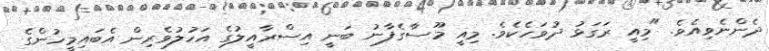
ދެންނެވިއެވެ. "މިއީ ރަގަޅު ދުވަހެކެވެ. މިއީ މޫސާގެފާނު ބަނީ އިސްރާއީލުގެ އަހުލުވެރިން އެބައިމީހުންގެ